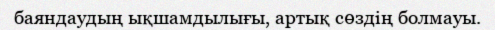
баяндаудың ықшамдылығы, артық сөздің болмауы.